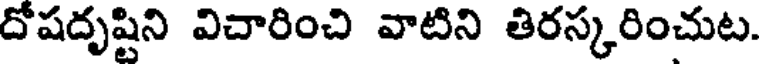
దోషదృష్టిని విచారించి వాటిని తిరస్కరించుట.